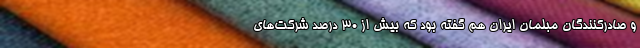
و صادرکنندگان مبلمان ایران هم گفته بود که بیش از ۳۰ درصد شرکت‌های